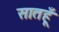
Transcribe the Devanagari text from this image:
सातहूँ